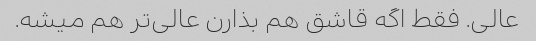
عالی. فقط اگه قاشق هم بذارن عالی‌تر هم میشه.